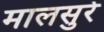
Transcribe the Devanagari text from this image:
मालसुरे